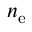
n _ { \mathrm { e } }